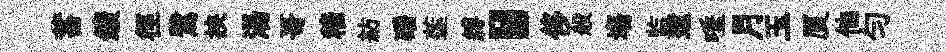
蓄鑛徑鷺挾湯哥穡紡磻莲縛，侈般塲监逮唾月玉厦他勻